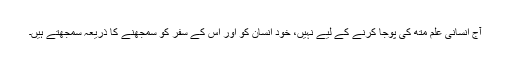
آج انسانی علم متھ کی پوجا کرنے کے لیے نہیں، خود انسان کو اور اس کے سفر کو سمجھنے کا ذریعہ سمجھتے ہیں۔